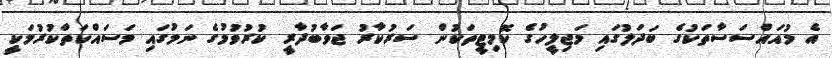
އެ މުއައްސަސާތަކުގެ ބަދަލުގައި މަޖިލީހުގެ ކޮމިޓީތަކުން ސަރުކާރު ޖަވާބުދާރީ ކުރުވުމުގެ ނަމުގައި މަސައްކަތްކުރުމަކީ